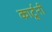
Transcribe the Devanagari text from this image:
कार्टूनी